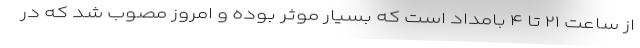
از ساعت ۲۱ تا ۴ بامداد است که بسیار موثر بوده و امروز مصوب شد که در